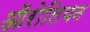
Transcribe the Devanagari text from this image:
ऑरोलियन